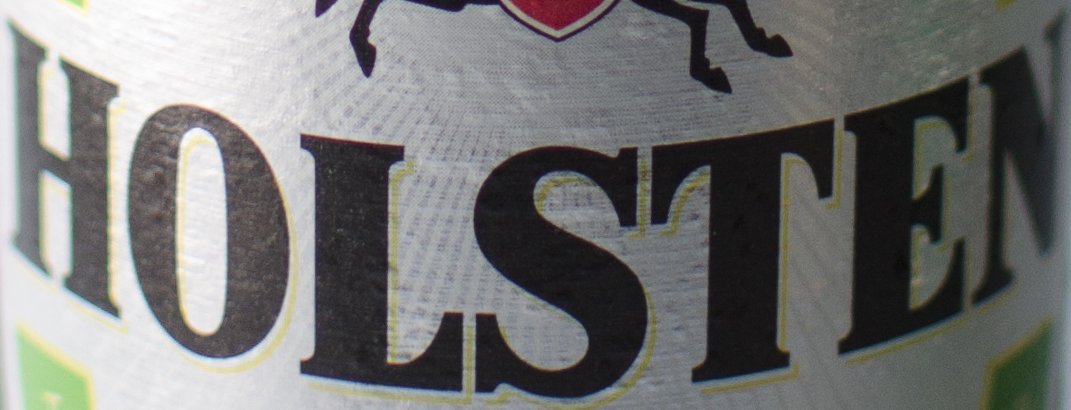
HOLSTEN